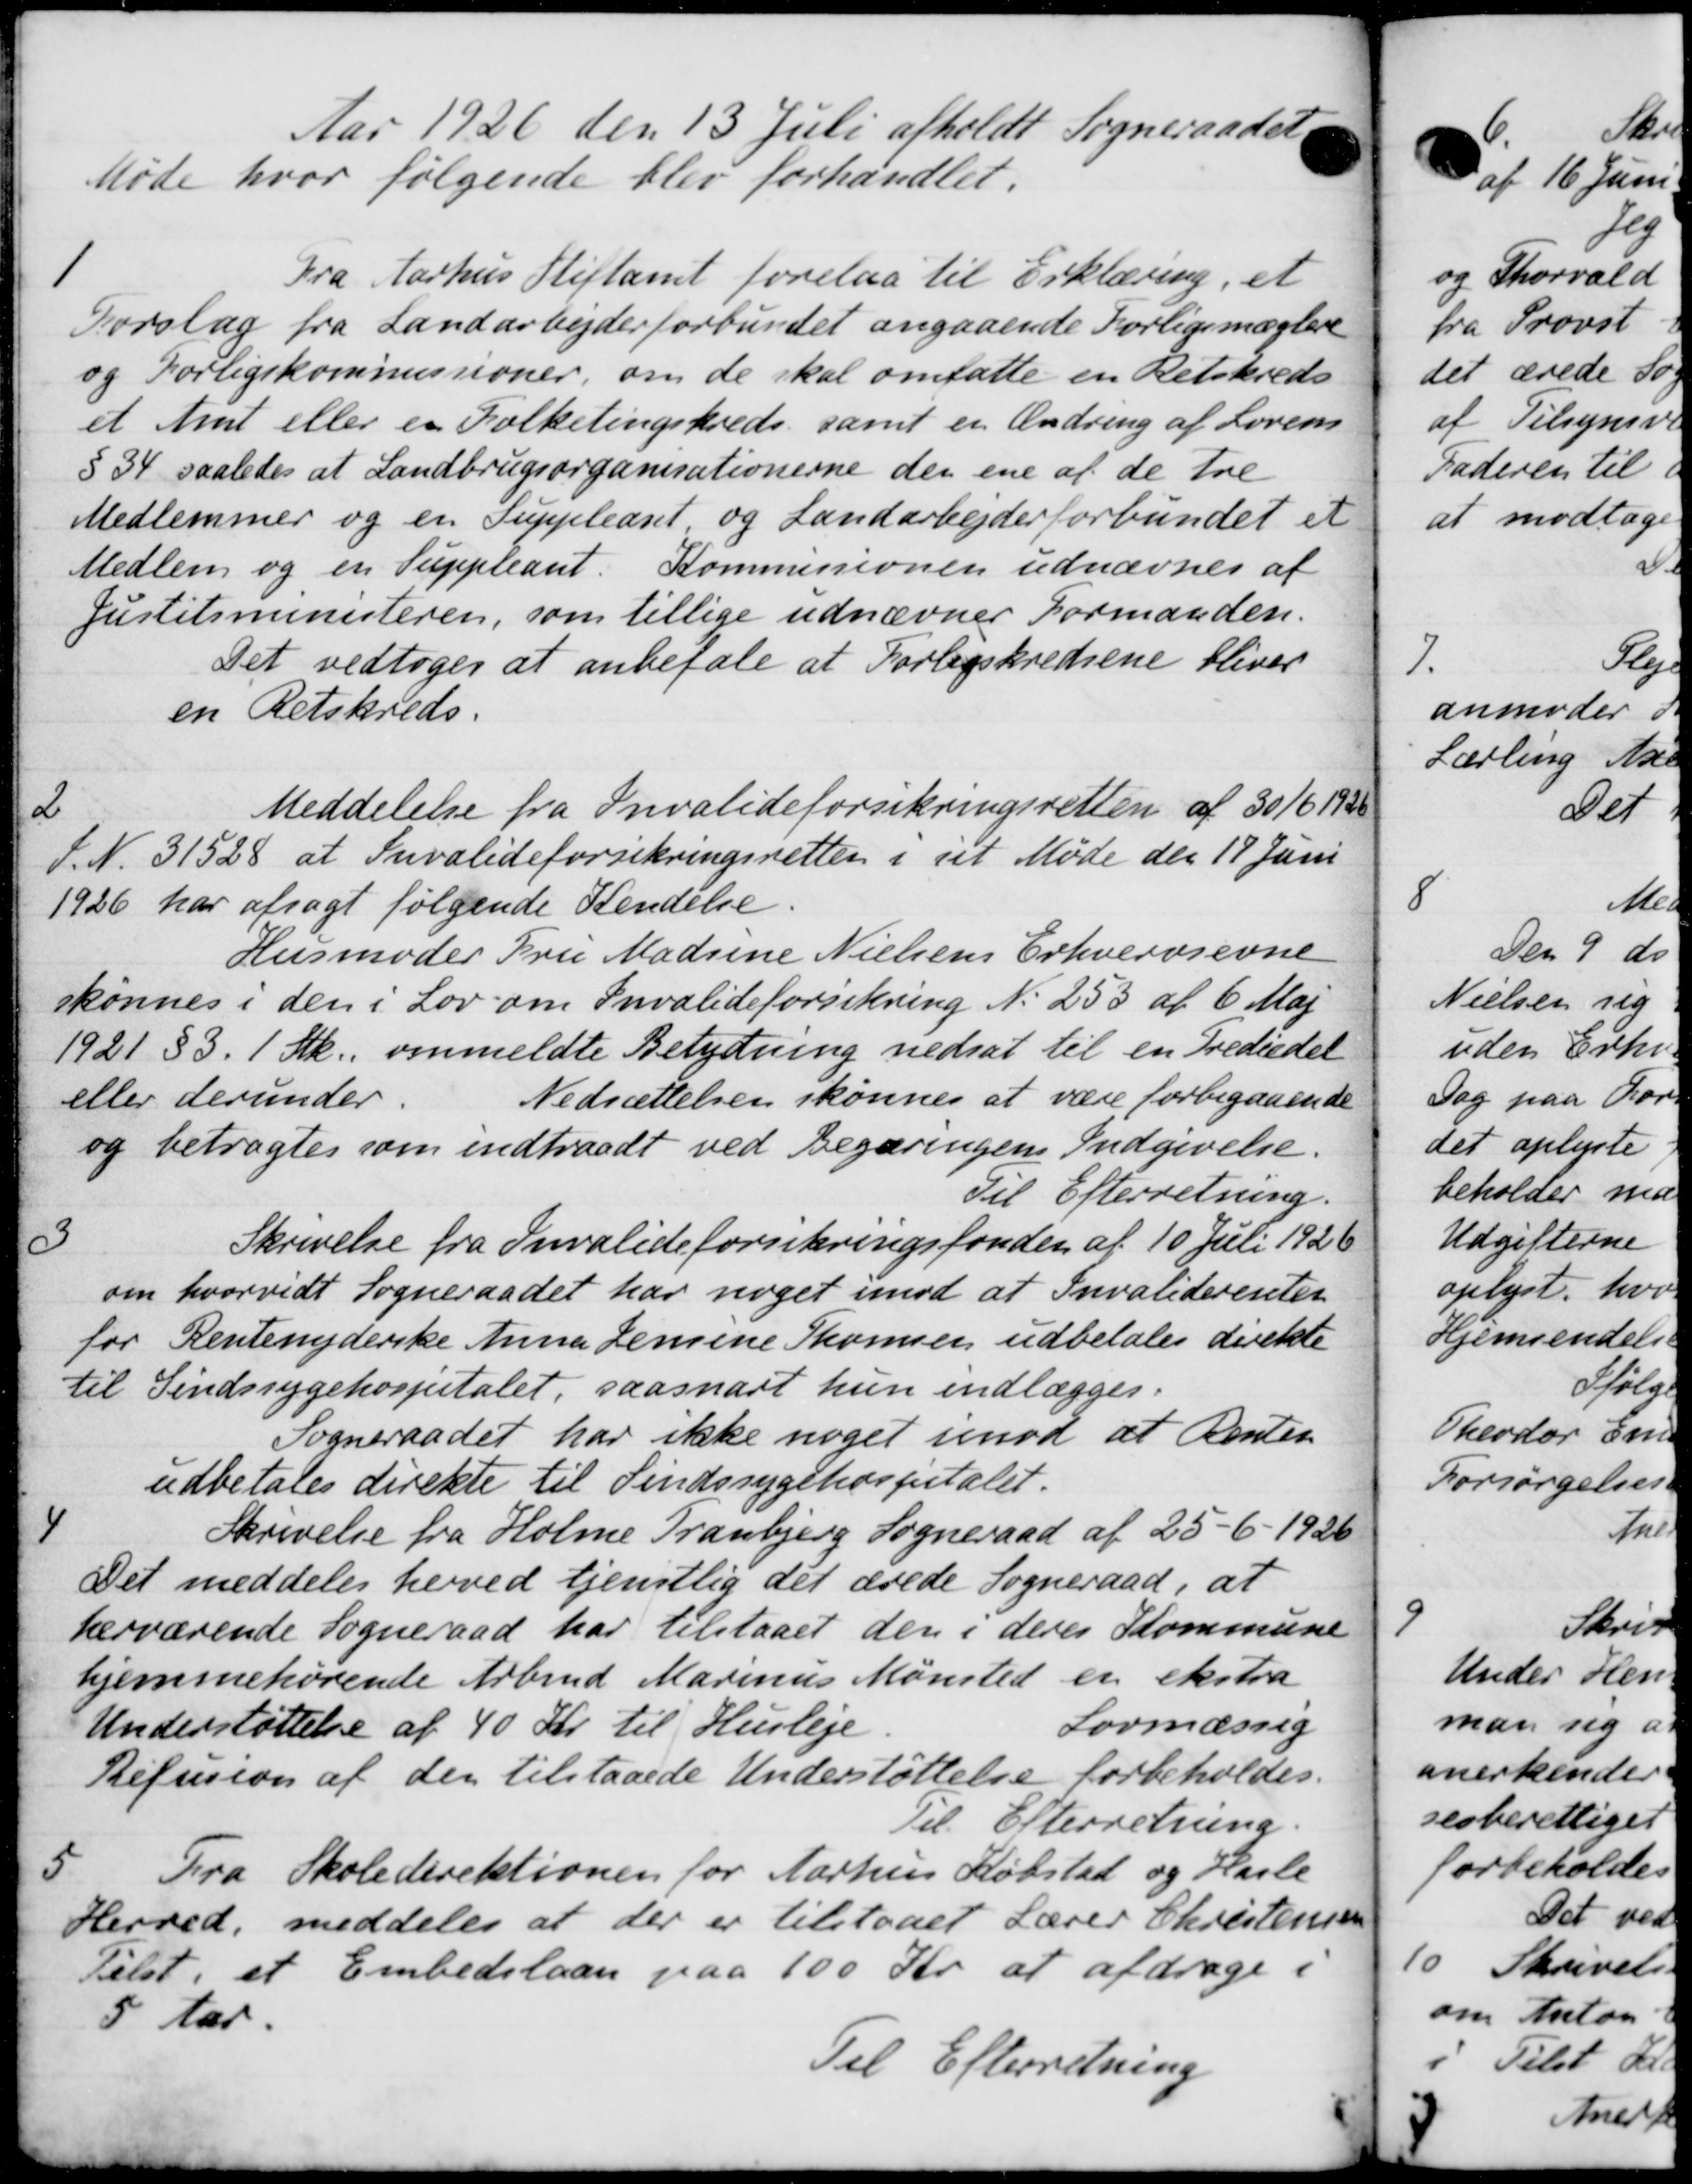
Transskription:
Aar 1926 den 13 Juli afholdt Sogneraadet
Møde hvor følgende blev forhandlet.
1
Fra Aarhus Stiftamt forelaa til Erklæring, et
Forslag fra Landarbejderforbundet angaaende Forligsmæglere
og Forligskommissioner, om de skal omsatte en Retskreds
et Amt eller er Folketingskreds samt en Ændring af Lovens
§ 34 saaledes at Landbrugsorganisationerne den ene af de tre
Medlemmer og en Suppleant og Landarbejderforbundet et
Medlem og en Suppleant. Kommisionen udnævnes af
Justitsministeren, som tillige udnævner Formanden.
Det vedtoges at anbefale at Forligskredsene bliver
en Retskreds.
2
Meddelelse fra Invalideforsikringsretten af 30/6 1930
D. N. 31528 at Invalideforsikringsretten i sit Møde den 17 Juni
1926 har afsagt følgende Kendelse.
Husmoder Fru Madsine Nielsens Erhvervsevne
skønnes i den i Lov om Invalideforsikring No 253 af 6 Maj
1921 § 3. 1 Stk. ommeldte Betydning nedsat til en Trediedel
eller derunder.
Nedsættelsen skønnes at være forbigaaende
og betragtes som indtraadt ved Begæringens Indgivelse.
Til Efterretning.
3
Skrivelse fra Invalideforsikringsfonden af 10 Juli 1926
om hvorvidt Sogneraadet har noget imod at Invaliderenter
for Rentenyderske Anna Jensine Thomsen udbetales direkte
til Sindssygehospitalet, saasnart hun indlægges.
Sogneraadet har ikke noget imod at Renten
udbetales direkte til Sindssygehospitalet.
4
Skrivelse fra Holme Tranbjerg Sogneraad af 25 - 6 - 1926
Det meddeles herved tjenstlig det ærede Sogneraad, at
hærværende Sogneraad har tilstaaet den i deres Kommune
hjemmehørende Arbmd Marinus Mønsted er ekstra
Understøttelse af 40 Kr. til Husleje.
Lovmæssig
Refusion af den tilstaaede Understøttelse forbeholdes.
Til Efterretning.
5
Fra Skoledirektionen for Aarhus Købstad og Hasle
Herred, meddeles at der er tilstaaet Lærer Christensen
Telst, et Embedslaan paa 100 Kr. at afdrage i
5 Aar.
Til Efterretning